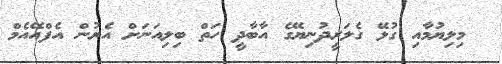
މިލިޔުމާއި ގުޅޭ ގެލަރީދުނިޔޭގެ އާބާދީ ހަތް ބިލިއަނަށް އެރުން އެފްއޭއެމް